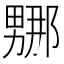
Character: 𭻤